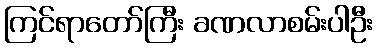
ကြင်ရာတော်ကြီး ခဏလာစမ်းပါဦး